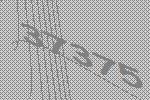
37375